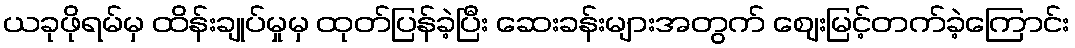
ယခုဖိုရမ်မှ ထိန်းချုပ်မှုမှ ထုတ်ပြန်ခဲ့ပြီး ဆေးခန်းများအတွက် ဈေးမြင့်တက်ခဲ့ကြောင်း